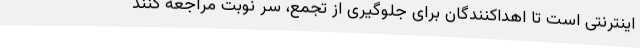
اینترنتی است تا اهداکنندگان برای جلوگیری از تجمع، سر نوبت مراجعه کنند